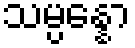
သမ္ပန္နော